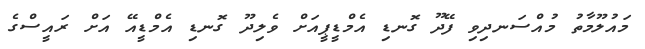
މައުލޫމާތު މުއްސަނދިވި ފޭދޫ ގޮނޑި އެމްޑީޕީއަށް ވެލިދޫ ގޮނޑި އެމްޑީއޭ އަށް ރައީސްގެ